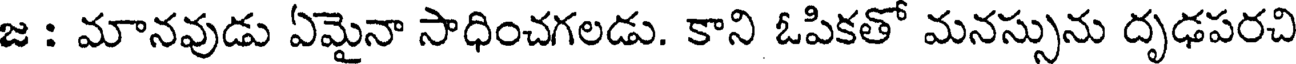
జ : మానవుడు ఏమైనా సాధించగలడు. కాని ఓపికతో మనస్సును దృఢపరచి